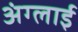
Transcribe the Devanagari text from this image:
अंग्लाई